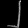
Digit: ၂